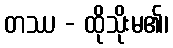
တဿ - ထိုသိုးမ၏၊